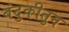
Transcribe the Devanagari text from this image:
बंदुकीतुन